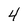
Character: 4